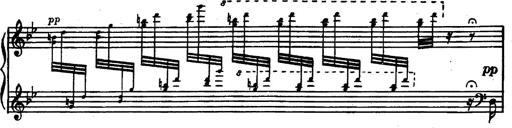
Title: Magyar rapszÃ³diÃ¡k
Composer: Franz Liszt